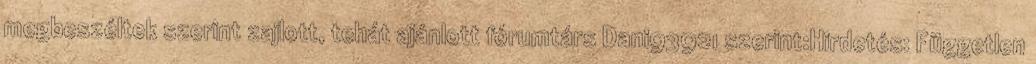
megbeszéltek szerint zajlott, tehát ajánlott fórumtárs Dani93921 szerint:Hirdetés: Független